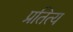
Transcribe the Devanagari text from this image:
प्रतित्य